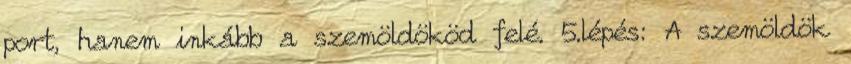
port, hanem inkább a szemöldököd felé. 5.lépés: A szemöldök